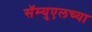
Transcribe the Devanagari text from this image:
सॅम्युएलच्या